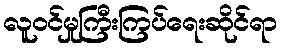
လူဝင်မှုကြီးကြပ်ရေးဆိုင်ရာ